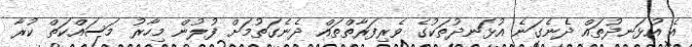
އެ އުޅަނދުތައް ދެނެގަނެ އުޅަނދުތަކުގެ ވެރިފަރާތްތައް ދެނެގަތުމަށް ފުލުުން މިހާރު މަސައްކަތް ކުރާ